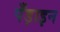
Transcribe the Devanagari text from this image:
पँड़ाइन